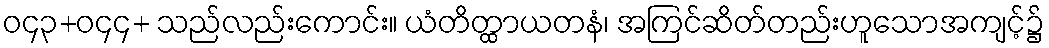
ဝ၄၃+ဝ၄၄+ သည်လည်းကောင်း။ ယံတိတ္ထာယတနံ၊ အကြင်ဆိတ်တည်းဟူသောအကျင့်၌